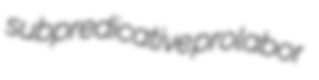
subpredicative prolabor